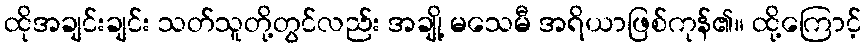
ထိုအချင်းချင်း သတ်သူတို့တွင်လည်း အချို့ မသေမီ အရိယာဖြစ်ကုန်၏။ ထို့ကြောင့်